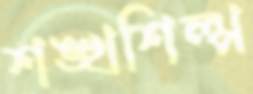
শঙ্খশিল্প